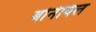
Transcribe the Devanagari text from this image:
बोनेविल